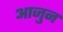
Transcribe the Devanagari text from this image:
आजुन